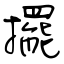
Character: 擺